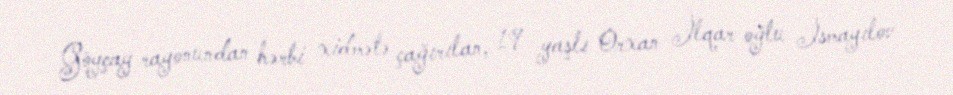
Göyçay rayonundan hərbi xidmətə çağırılan, 19 yaşlı Orxan İlqar oğlu İsmayılov